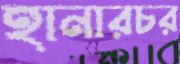
হানারচর